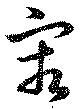
容